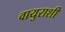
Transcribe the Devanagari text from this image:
वायुराशी